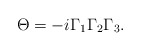
\begin{align*}\Theta = -i \Gamma_1 \Gamma_2 \Gamma_3.\end{align*}